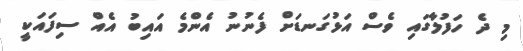
މި ދެ ހަފުލާގައި ވެސް އަޅުގަނޑަށް ފެނުނު އެންމެ އައިބު އެއް ސިފައަކީ